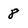
Character: 8